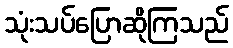
သုံးသပ်ပြောဆိုကြသည်